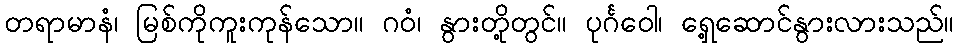
တရာမာနံ၊ မြစ်ကိုကူးကုန်သော။ ဂဝံ၊ နွားတို့တွင်။ ပုင်္ဂဝေါ၊ ရှေ့ဆောင်နွားလားသည်။